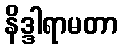
နိဒ္ဒါရာမတာ